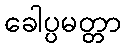
ခေါပ္ပမတ္တာ